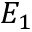
E _ { 1 }